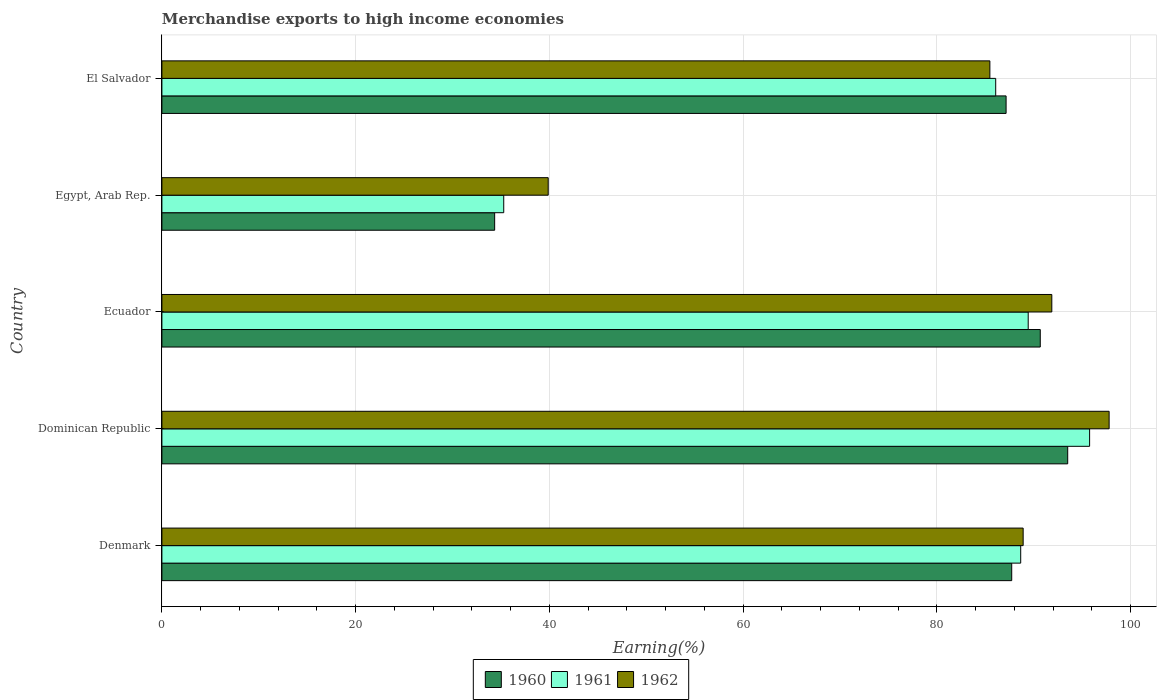
| Country | 1960 | 1961 | 1962 |
 | --- | --- | --- | --- |
 | Denmark | 87.7 | 88.7 | 88.9 |
 | Dominican Republic | 93.5 | 95.8 | 97.8 |
 | Ecuador | 90.7 | 89.4 | 91.9 |
 | Egypt, Arab Rep. | 34.4 | 35.3 | 39.9 |
 | El Salvador | 87.1 | 86.1 | 85.5 |